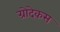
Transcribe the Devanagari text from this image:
ग्रोदेकस